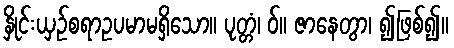
နှိုင်းယှဉ်စရာဥပမာမရှိသော။ ပုတ္တံ၊ ဝ်။ ဇာနေတွာ၊ ၍ဖြစ်၍။